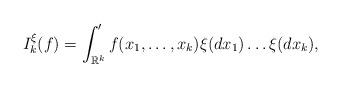
LaTeX: \begin{align*}I_k^\xi(f)=\int_{\mathbb{R}^k}' f(x_1,\ldots,x_k) \xi(dx_1) \ldots\xi (dx_k),\end{align*}